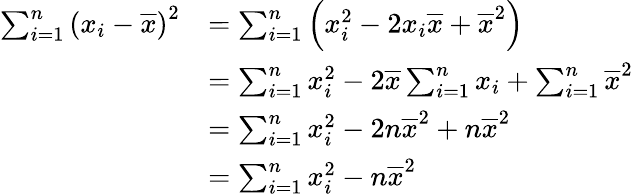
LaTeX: {\begin{array}{rl}{\sum_{i=1}^{n}\left(x_{i}-{\overline{{x}}}\right)^{2}}&{=\sum_{i=1}^{n}\left(x_{i}^{2}-2x_{i}{\overline{{x}}}+{\overline{{x}}}^{2}\right)}\\ &{=\sum_{i=1}^{n}x_{i}^{2}-2{\overline{{x}}}\sum_{i=1}^{n}x_{i}+\sum_{i=1}^{n}{\overline{{x}}}^{2}}\\ &{=\sum_{i=1}^{n}x_{i}^{2}-2n{\overline{{x}}}^{2}+n{\overline{{x}}}^{2}}\\ &{=\sum_{i=1}^{n}x_{i}^{2}-n{\overline{{x}}}^{2}}\end{array}}